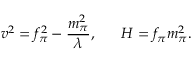
v ^ { 2 } = f _ { \pi } ^ { 2 } - \frac { m _ { \pi } ^ { 2 } } { \lambda } , \ \ \ \ \ H = f _ { \pi } m _ { \pi } ^ { 2 } .